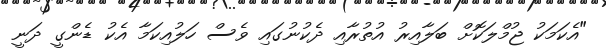
"އެކަމަކު ޖުމްލަކޮށް ބަލާއިރު އުތުރާއި ދެކުނުގައި ވެސް ހަލުއިކަމާ އެކު ޑެންގީ ދަނީ